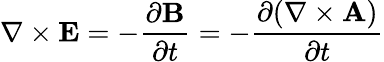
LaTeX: \nabla\times\mathbf{E}=-{\frac{\partial\mathbf{B}}{\partial t}}=-{\frac{\partial(\nabla\times\mathbf{A})}{\partial t}}